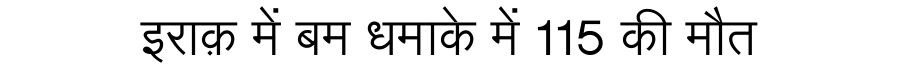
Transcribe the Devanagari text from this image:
इराक़ में बम धमाके में 115 की मौत